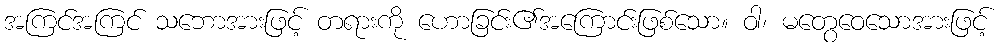
အကြင်အကြင် သဘောအားဖြင့် တရားကို ဟောခြင်း၏အကြောင်းဖြစ်သော။ ဝါ၊ မတွေဝေသောအားဖြင့်